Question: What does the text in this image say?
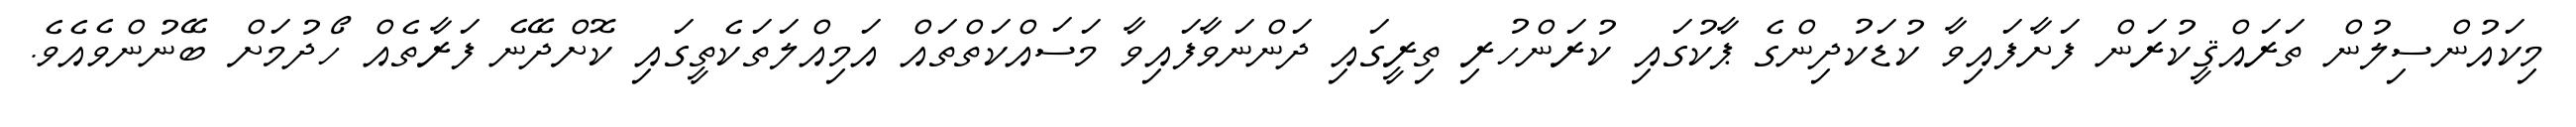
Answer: މިކައުންސިލުން ތަރައްޤީކުރަން ފަށާފައިވާ ކުޑަކުދިންގެ ޕާކުގައި ކުރަންހުރި ތިރީގައި ދަންނަވާފައިވާ މަސައްކަތްތައް އަމިއްލަތަކެތީގައި ކޮށްދޭނެ ފަރާތެއް ހޯދުމަށް ބޭނުންވެއެވެ.